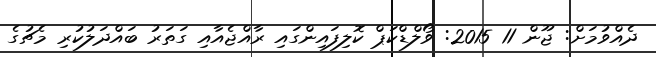
ދެއްވުމަށް: ޖޫން 11 2015: ވޯލްޑްކަޕް ކޮލިފައިންގައި ރާއްޖެއާއި ގަތަރު ބައްދަލުކުރި މެޗުގެ